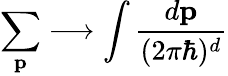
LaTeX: \sum_{\mathbf{p}}\longrightarrow\int\frac{d\mathbf{p}}{(2\pi\hbar)^{d}}